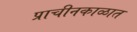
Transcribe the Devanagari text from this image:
प्राचीनकाळात